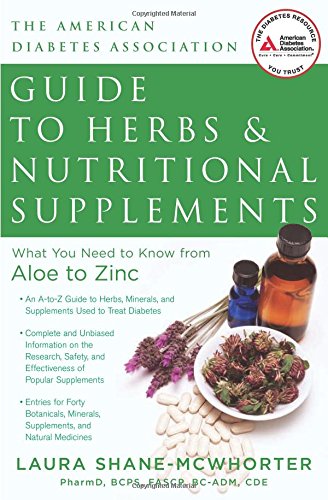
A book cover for American Diabetes Association Guide to Herbs and Nutritional Supplements: What You Need to Know from Aloe to Zinc; Laura Shane-McWhorter C.D.E; Health, Fitness & Dieting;